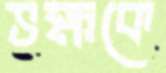
ভক্ষকে